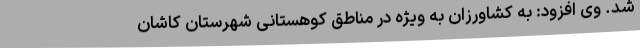
شد. وی افزود: به کشاورزان به ویژه در مناطق کوهستانی شهرستان کاشان